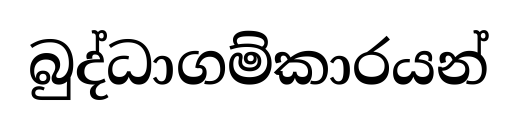
බුද්ධාගම්කාරයන්